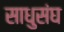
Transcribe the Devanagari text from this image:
साधुसंघ